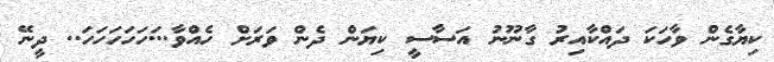
ކިޔާގެން ވާހަކަ ދައްކާއިރު ގާނޫނު އަސާސީ ކިޔަން ދެން ވަރަށް ހެއްވާ...ަހަހަހަހަހަ.. ދީނޭ